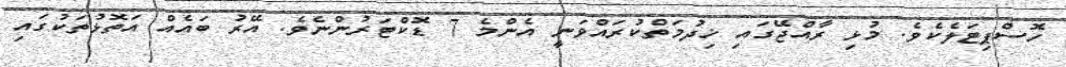
ހޮސްޕިޓަލެކެވެ. މުޅި ރާއްޖޭގައި ޚިދުމަތްކުރައްވަނީ އެންމެ 7 ޑޮކްޓަރުންނެވެ. އޭރު ބައެއް އަތޮޅުތަކުގައި